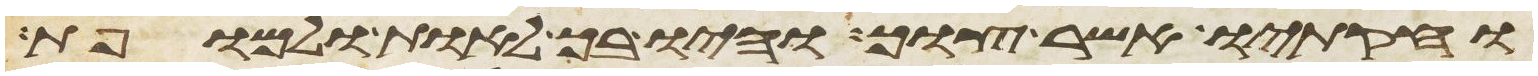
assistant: וחקתיו אשר צוך והיו בך לאות ולמופת